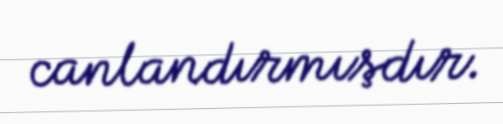
canlandırmışdır.